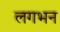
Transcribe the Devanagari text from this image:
लगभन